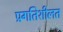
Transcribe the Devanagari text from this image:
प्रगतिशीलत